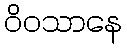
ဝိဝသာနေ